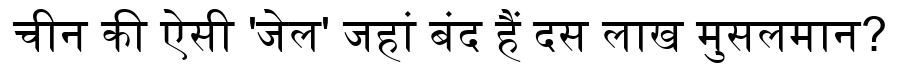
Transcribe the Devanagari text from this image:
चीन की ऐसी 'जेल' जहां बंद हैं दस लाख मुसलमान?